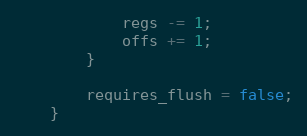
Language: C
			regs -= 1;
			offs += 1;
		}

		requires_flush = false;
	}